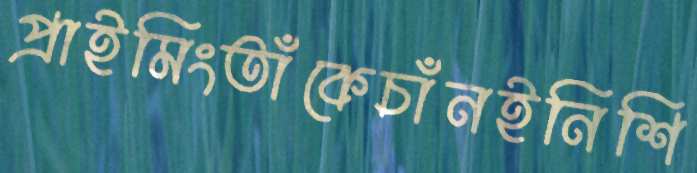
প্রাইমিংতাঁকেচাঁনইনিশি